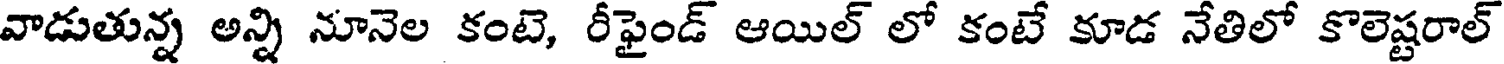
వాడుతున్న అన్ని నూనెల కంటె, రీఫైండ్ ఆయిల్ లో కంటే కూడ నేతిలో కొలెష్టరాల్